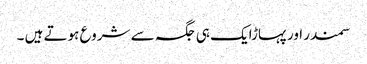
سمندر اور پہاڑایک ہی جگہ سے شروع ہوتے ہیں ۔